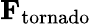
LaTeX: \mathbf{F_{\mathrm{tornado}}}